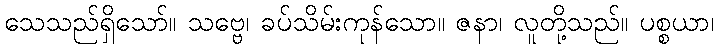
သေသည်ရှိသော်။ သဗ္ဗေ၊ ခပ်သိမ်းကုန်သော။ ဇနာ၊ လူတို့သည်။ ပစ္စယာ၊